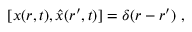
[ x ( r , t ) , { \hat { x } } ( r ^ { \prime } , t ) ] = \delta ( r - r ^ { \prime } ) ~ ,